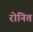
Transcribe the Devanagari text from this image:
रोनित